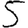
Digit: 5